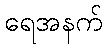
ရေအနက်